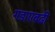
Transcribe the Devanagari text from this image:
गडाएवढी